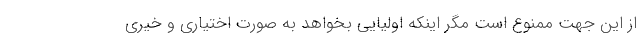
از این جهت ممنوع است مگر اینکه اولیایی بخواهد به صورت اختیاری و خیری